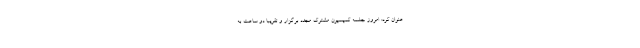
عنوان کرد: امروز جلسه کمیسیون مشترک مجدد برگزار و تقریبا دو ساعت به